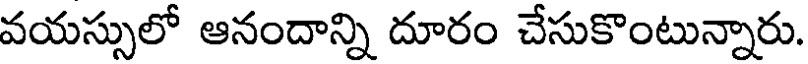
వయస్సులో ఆనందాన్ని దూరం చేసుకొంటున్నారు.